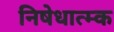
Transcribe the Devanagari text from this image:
निषेधात्म्क